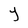
Character: Y